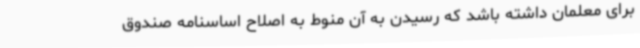
برای معلمان داشته باشد که رسیدن به آن منوط به اصلاح اساسنامه صندوق